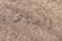
الصيادين